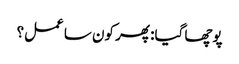
پوچھا گیا: پھر کون سا عمل؟